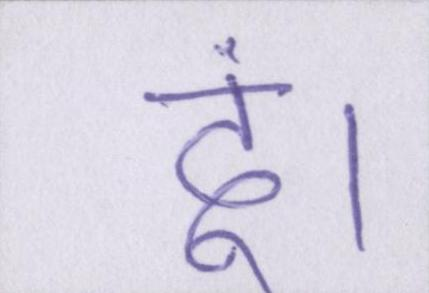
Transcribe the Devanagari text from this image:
दूं।